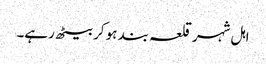
اہل شہر قلعہ بند ہو کر بیٹھ رہے۔